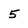
Character: 5